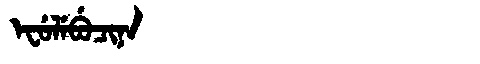
Manchu: ᡝᠸᡠᠯᡝᠪᡠᠴᡳᠨᠠ
Romanization: EFULEBUCINA